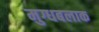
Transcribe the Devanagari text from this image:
मुग्धबलाक